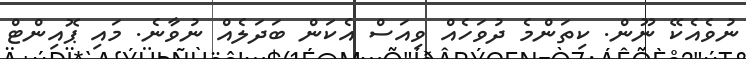
ނުވެއެކޭ ނޫން. ކިތަންމެ ދުވަހެއް ވިއަސް އެކަން ބަދަލެއް ނުވާނެ. މައި ޕޮއިންޓް